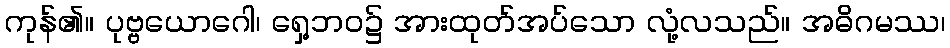
ကုန်၏။ ပုဗ္ဗယောဂေါ၊ ရှေ့ဘဝ၌ အားထုတ်အပ်သော လုံ့လသည်။ အဓိဂမဿ၊